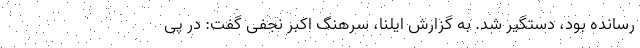
رسانده بود، دستگیر شد. به گزارش ایلنا، سرهنگ اکبر نجفی گفت: در پی